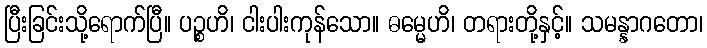
ပြီးခြင်းသို့ရောက်ပြီ။ ပဉ္စဟိ၊ ငါးပါးကုန်သော။ ဓမ္မေဟိ၊ တရားတို့နှင့်။ သမန္နာဂတော၊